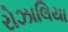
રોઝાલિયા